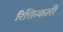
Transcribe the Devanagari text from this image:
रिक्तिकारी